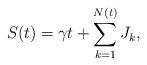
LaTeX: \begin{align*}S(t)=\gamma t+ \sum_{k=1}^{N(t)}J_k,\end{align*}